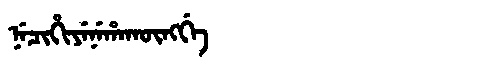
Manchu: ᠨᡝᠴᡳᡥᡳᠶᡝᠨᡝᡥᠠᡴᡡᠩᡤᡝ
Romanization: NECIHIYENEHAKŪNGGE